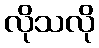
လိုသလို